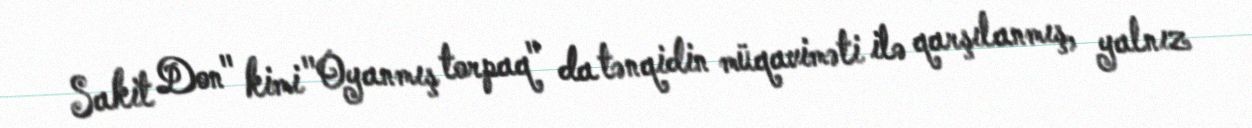
Sakit Don" kimi "Oyanmış torpaq" da tənqidin müqaviməti ilə qarşılanmış, yalnız